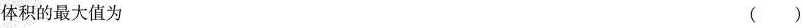
体积的最大值为 ( )